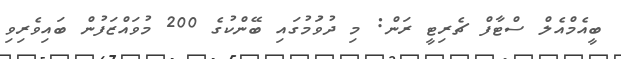
ބީއެމްއެލް ސްޓާފް ޗެރިޓީ ރަން: މި ދުވަުމުގައި ބޭންކުގެ 200 މުވައްޒަފުން ބައިވެރިވި